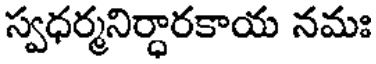
స్వధర్మనిర్ధారకాయ నమః